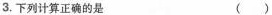
3.下列计算正确的是 ()